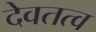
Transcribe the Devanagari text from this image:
देवतत्व